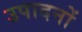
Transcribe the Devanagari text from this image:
उपादनों